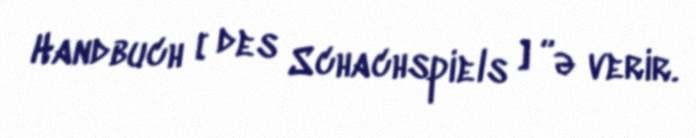
Handbuch [ des Schachspiels ] ”ə verir.